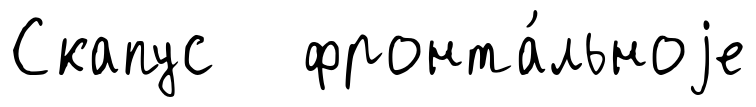
Скапус фронта́льноjе